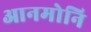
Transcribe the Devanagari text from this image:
आनमोनि